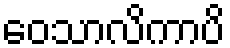
ဝေသာလိကာပိ